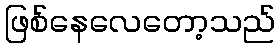
ဖြစ်နေလေတော့သည်